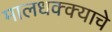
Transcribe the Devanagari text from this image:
मालधक्क्याचे